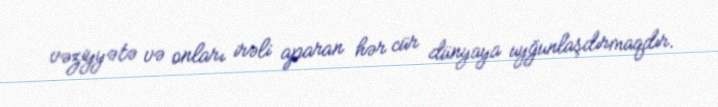
vəziyyətə və onları irəli aparan hər cür dünyaya uyğunlaşdırmaqdır.